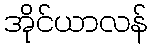
အိုင်ယာလန်